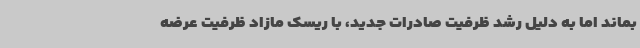
بماند اما به دلیل رشد ظرفیت صادرات جدید، با ریسک مازاد ظرفیت عرضه